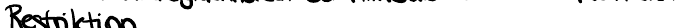
Restriktion